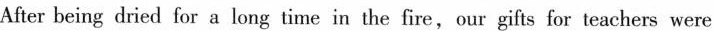
After being dried for a long time in the fire,our gifts for teachers were